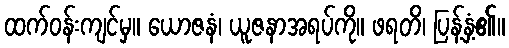
ထက်ဝန်းကျင်မှ။ ယောဇနံ၊ ယူဇနာအရပ်ကို။ ဖရတိ၊ ပြန့်နှံ့၏။